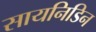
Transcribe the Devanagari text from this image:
सायनिडिन